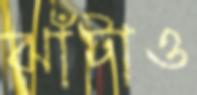
ঝাঁটাও